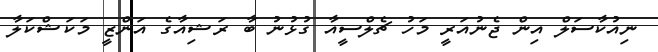
ނިއުކާސަލް އިން ޖެނުއަރީ މަހު ޗެލްސީއާ ގުޅުނު ބާ ރަޝިއާގެ އަންޒީ މަކަޝްކަލާ